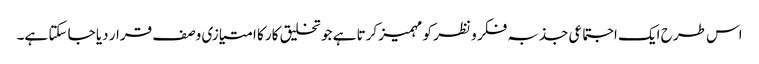
اس طرح ایک اجتماعی جذبہ فکر و نظر کو مہمیز کرتا ہے جو تخلیق کار کا امتیازی وصف قرار دیا جا سکتا ہے۔